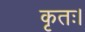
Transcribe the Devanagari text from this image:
कृतः।